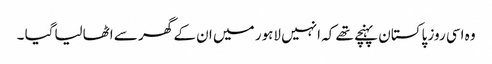
وہ اسی روز پاکستان پہنچے تھے کہ انہیں لاہور میں ان کے گھر سے اٹھالیاگیا ۔